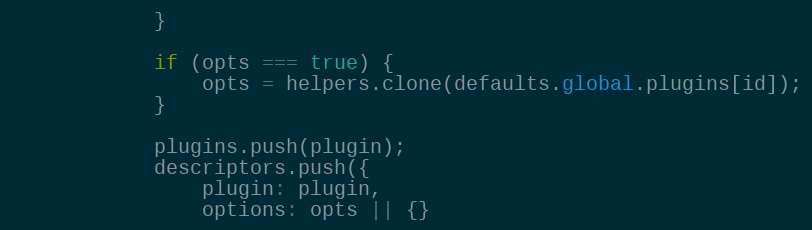
Language: JavaScript
			}

			if (opts === true) {
				opts = helpers.clone(defaults.global.plugins[id]);
			}

			plugins.push(plugin);
			descriptors.push({
				plugin: plugin,
				options: opts || {}